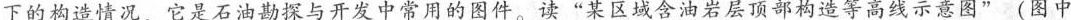
下的构造情况，它是石油勘探与开发中常用的图件。读“某区域含油岩层顶部构造等高线示意图”(图中